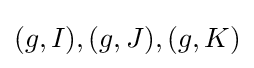
(g,I),(g,J),(g,K)